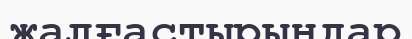
жалғастырыңдар